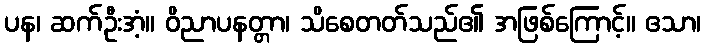
ပန၊ ဆက်ဦးအံ့။ ဝိညာပနတ္တာ၊ သိစေတတ်သည်၏ အဖြစ်ကြောင့်။ ဧသာ၊